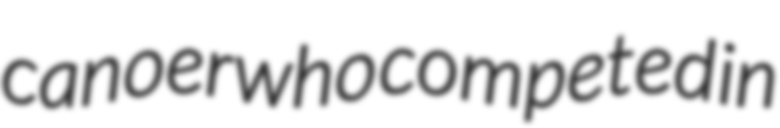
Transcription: canoer who competed in